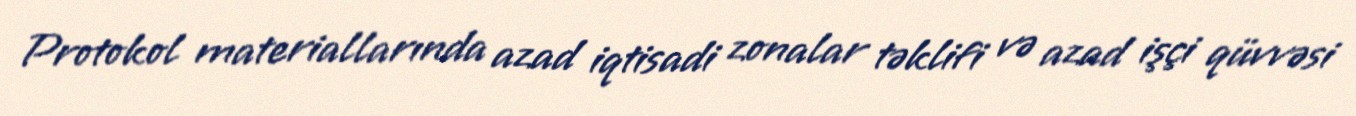
Protokol materiallarında azad iqtisadi zonalar təklifi və azad işçi qüvvəsi